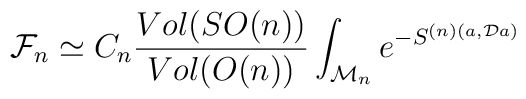
{\cal F}_n\simeq C_n \frac{Vol(SO(n))}{Vol(O(n))}\int_{{\cal M}_n} e^{-S^{(n)(a,{\cal D}a)}}